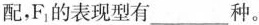
配，F的表现型有___种。